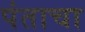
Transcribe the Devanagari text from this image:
पंताचा